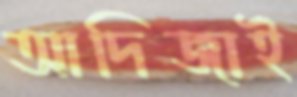
আদিজাই